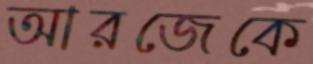
আরজেকে